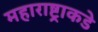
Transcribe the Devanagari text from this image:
महाराष्ट्राकडे